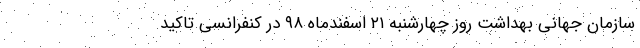
سازمان جهانی بهداشت روز چهارشنبه ۲۱ اسفندماه ۹۸ در کنفرانسی تاکید